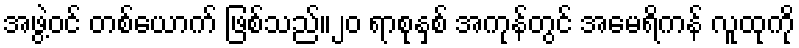
အဖွဲ့ဝင် တစ်ယောက် ဖြစ်သည်။၂၀ ရာစုနှစ် အကုန်တွင် အမေရိကန် လူထုကို